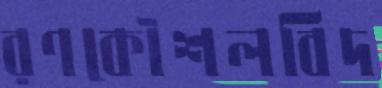
রণকৌশলবিদ